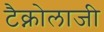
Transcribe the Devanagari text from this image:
टैक्नोलाजी